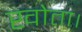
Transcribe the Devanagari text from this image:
खोता।